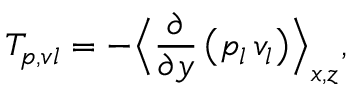
T _ { p , v l } = - \Bigl \langle \frac { \partial } { \partial y } \left( p _ { l } \, v _ { l } \right) \Bigr \rangle _ { x , z } ,